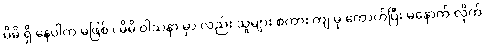
မိမိ ရှိ နေပါက မဖြစ် ၊ မိမိ ဝါသနာ မှာ လည်း သူများ စကား ကျ မှ ကောက်ပြီး မနောက် လိုက်